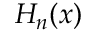
H _ { n } ( x )